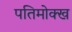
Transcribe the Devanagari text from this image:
पतिमोक्ख